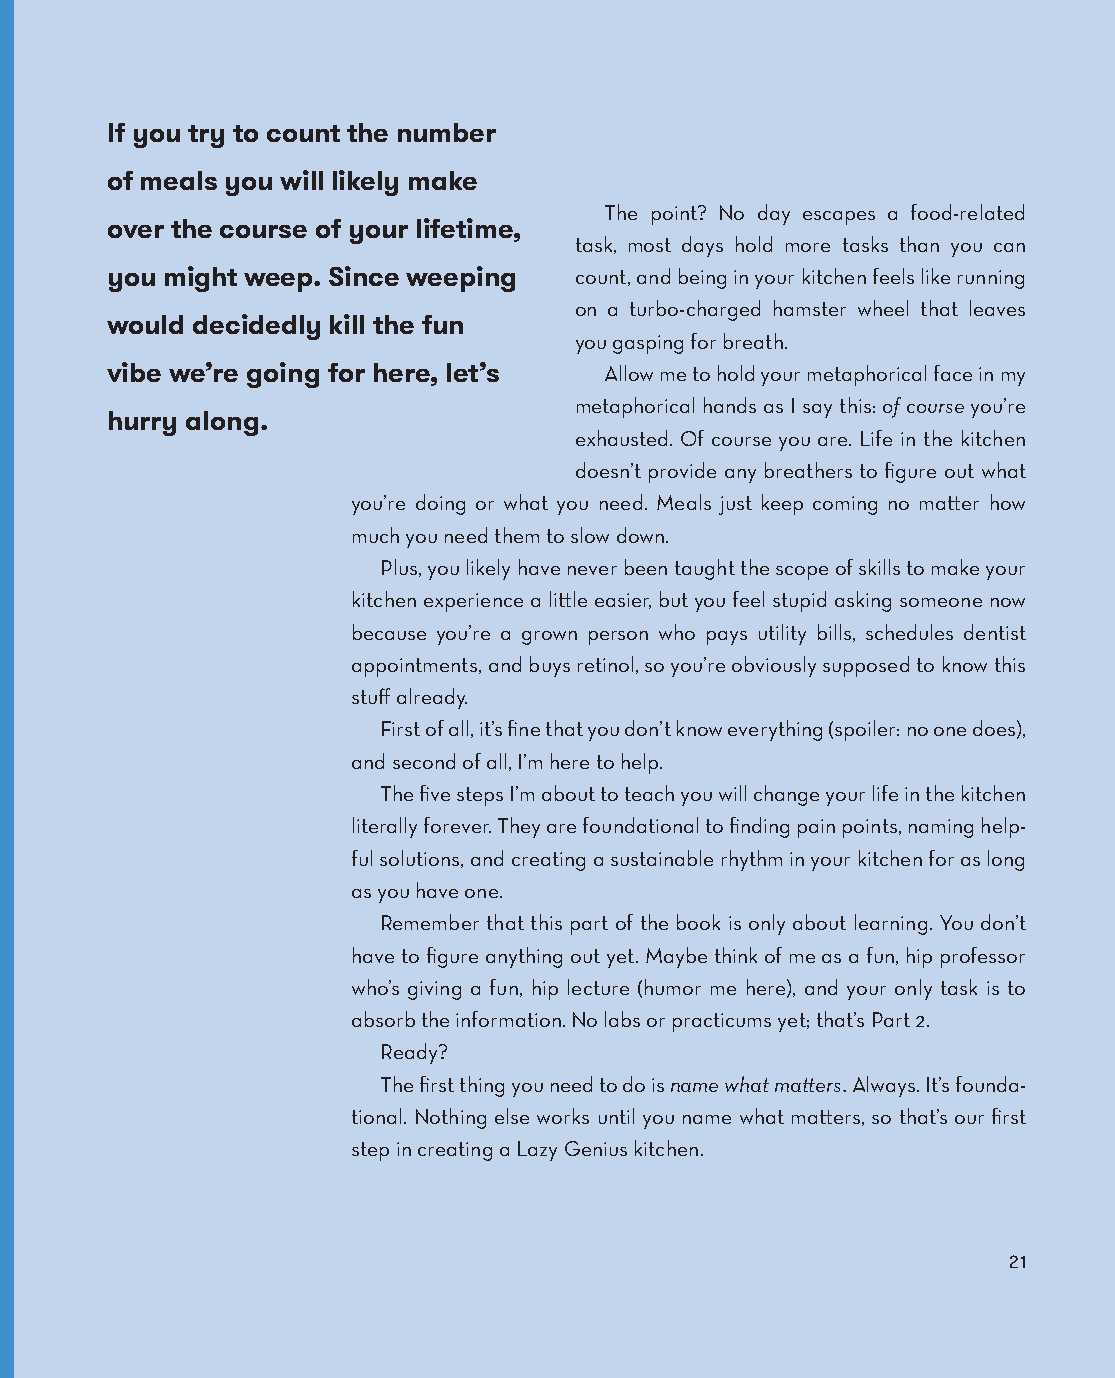
If you try to count the number
 of meals you will likely make
 The point? No day escapes a food-related
 over the course of your lifetime,
 task, most days hold more tasks than you can
 you might weep. Since weeping  count, and being in your kitchen feels like running
 on a turbo-charged hamster wheel that leaves
 would decidedly kill the fun
 you gasping for breath.
 vibe we’re going for here, let’s Allow me to hold your metaphorical face in my
 metaphorical hands as I say this: of course you’re
 hurry along.
 exhausted. Of course you are. Life in the kitchen
 doesn’t provide any breathers to figure out what
 you’re doing or what you need. Meals just keep coming no matter how
 much you need them to slow down.
 Plus, you likely have never been taught the scope of skills to make your
 kitchen experience a little easier, but you feel stupid asking someone now
 because you’re a grown person who pays utility bills, schedules dentist
 appointments, and buys retinol, so you’re obviously supposed to know this
 stuff already.
 First of all, it’s fine that you don’t know everything (spoiler: no one does),
 and second of all, I’m here to help.
 The five steps I’m about to teach you will change your life in the kitchen
 literally forever. They are foundational to finding pain points, naming help-
 ful solutions, and creating a sustainable rhythm in your kitchen for as long
 as you have one.
 Remember that this part of the book is only about learning. You don’t
 have to figure anything out yet. Maybe think of me as a fun, hip professor
 who’s giving a fun, hip lecture (humor me here), and your only task is to
 absorb the information. No labs or practicums yet; that’s Part 2.
 Ready?
 The first thing you need to do is name what matters. Always. It’s founda-
 tional. Nothing else works until you name what matters, so that’s our first
 step in creating a Lazy Genius kitchen.
 21
 AAddaacc__99778800552255665533994433__aallll__55pp__rr22..iinndddd 2211 1100//2222//2211 99::1188 AAMM